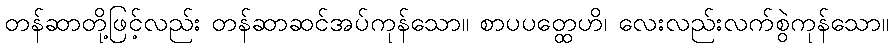
တန်ဆာတို့ဖြင့်လည်း တန်ဆာဆင်အပ်ကုန်သော။ စာပပတ္ထေဟိ၊ လေးလည်းလက်စွဲကုန်သော။